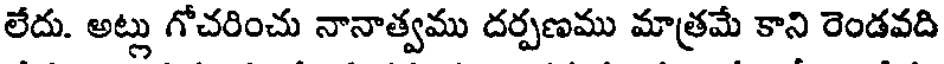
లేదు. అట్లు గోచరించు నానాత్వము దర్పణము మాత్రమే కాని రెండవది